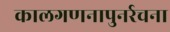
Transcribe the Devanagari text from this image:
कालगणनापुनर्रचना